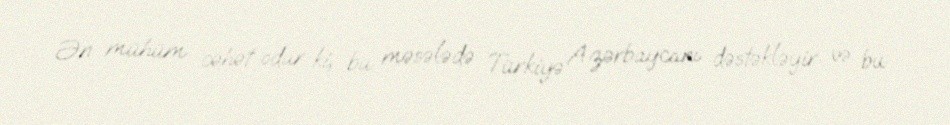
Ən mühüm cəhət odur ki, bu məsələdə Türkiyə Azərbaycanı dəstəkləyir və bu